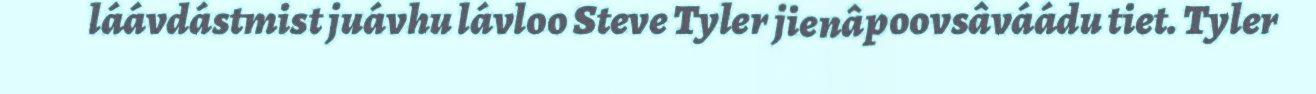
láávdástmist juávhu lávloo Steve Tyler jienâpoovsâváádu tiet. Tyler